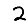
Digit: 2